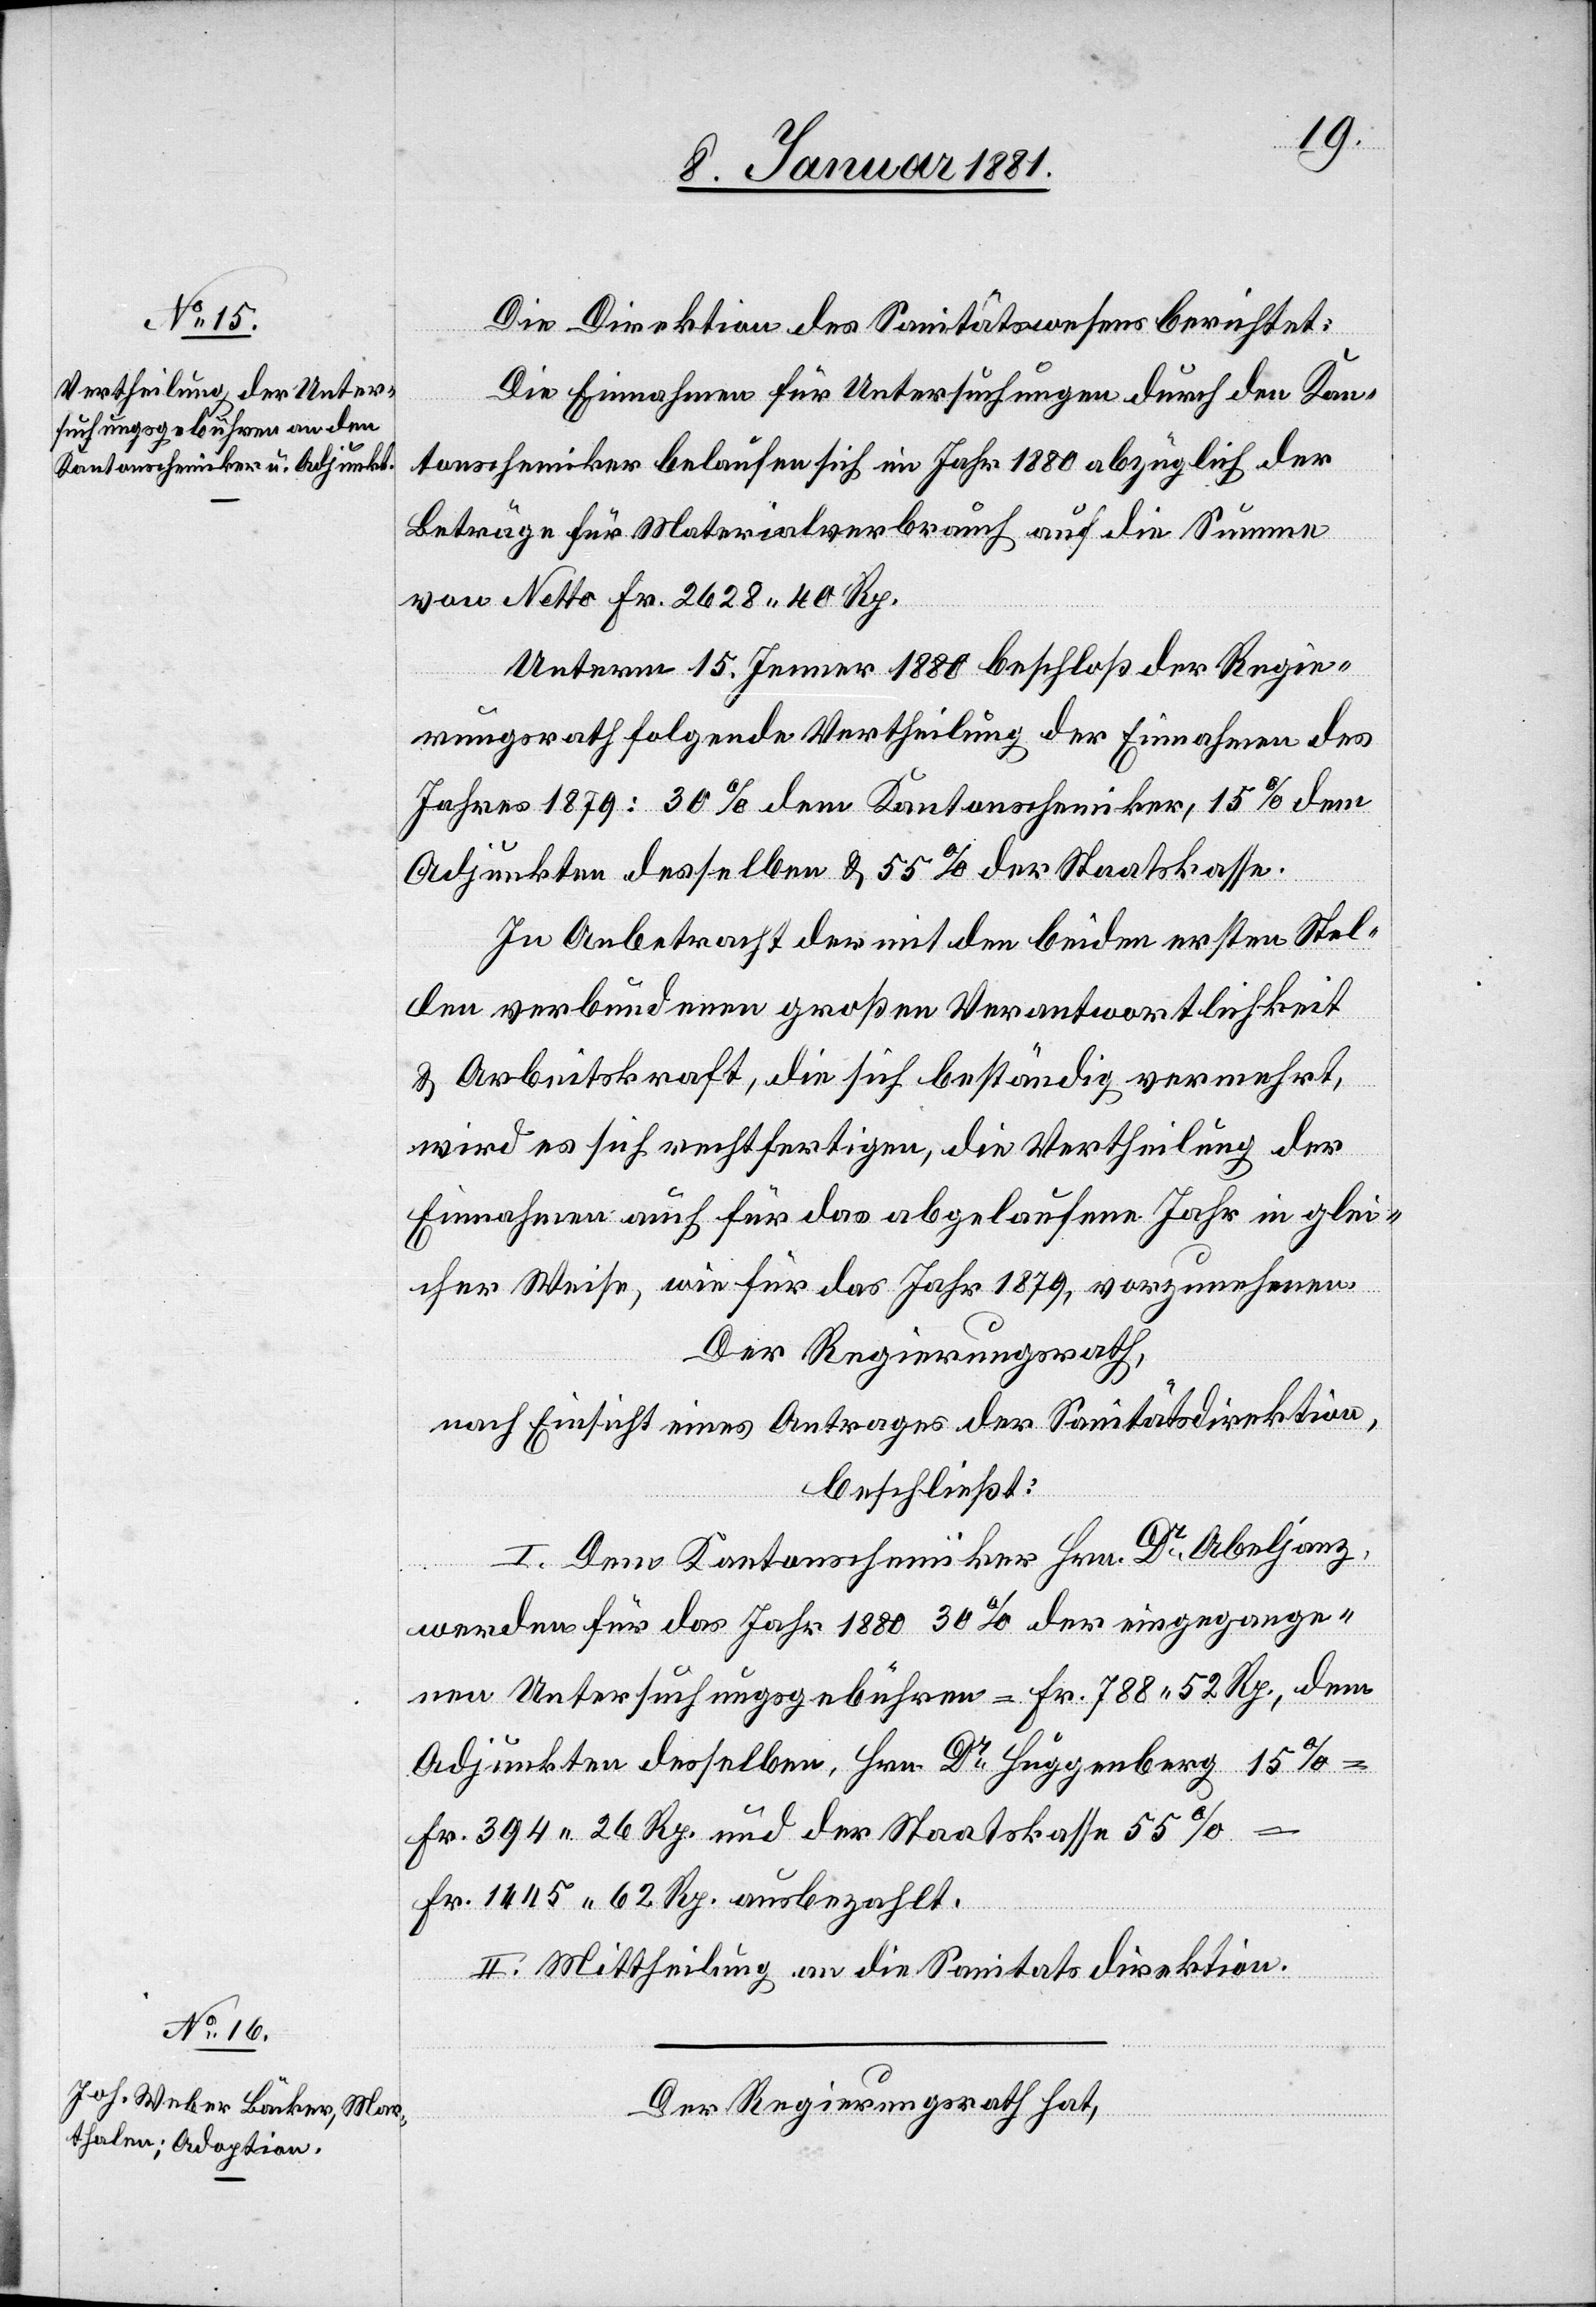
Die Direktion des Sanitätswesens berichtet:
Die Einnahmen für Untersuchungen durch den Kan¬
tonschemiker belaufen sich im Jahr 1880 abzüglich der
Beträge für Materialverbrauch auf die Summe
von Netto Fr. 2628 40 Rp.
Unterm 15. Jenner 1880 beschloß der Regie¬
rungsrath folgende Vertheilung der Einnahmen des
Jahres 1879: 30% dem Kantonschemiker, 15% dem
Adjunkten desselben & 55% der Staatskasse.
In Anbetracht der mit den beiden ersten Stel¬
len verbundenen großen Verantwortlichkeit
& Arbeitskraft, die sich beständig vermehrt,
wird es sich rechtfertigen, die Vertheilung der
Einnahmen auch für das abgelaufene Jahr in glei¬
cher Weise, wie für das Jahr 1879, vorzunehmen.
Der Regierungsrath,
nach Einsicht eines Antrages der Sanitätsdirektion,
beschließt:
I. Dem Kantonschemiker Hrn. Dr Abeljanz,
werden für das Jahr 1880 30% der eingegange¬
nen Untersuchungsgebühren = Fr. 788 52 Rp., dem
Adjunkten desselben, Hrn. Dr Huggenberg 15%
Fr. 394 26 Rp. und der Staatskasse 55%
Fr. 1445 62 Rp. ausbezahlt.
II. Mittheilung an die Sanitätsdirektion.
Der Regierungsrath hat,